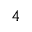
_ 4